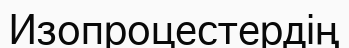
Изопроцестердің